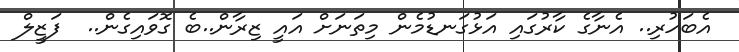
އެބަހުރި.. އެނާގެ ކާރުގައި އަޅުގަނޑުމެން މިތަނަށް އައީ ޒިރާން..ބެ ގޮވައިގެން..  ފަޒީލް